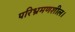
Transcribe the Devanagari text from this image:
परिभ्रमणशील।